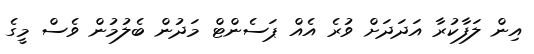
އިން ލަފާކުރާ އަދަދަށް ވުރެ އެއް ޕަސެންޓް މަދުން ބެލުމުން ވެސް މީގެ